Vaccination report Assam 1896-1927 - 1896-1927
Year: 1896
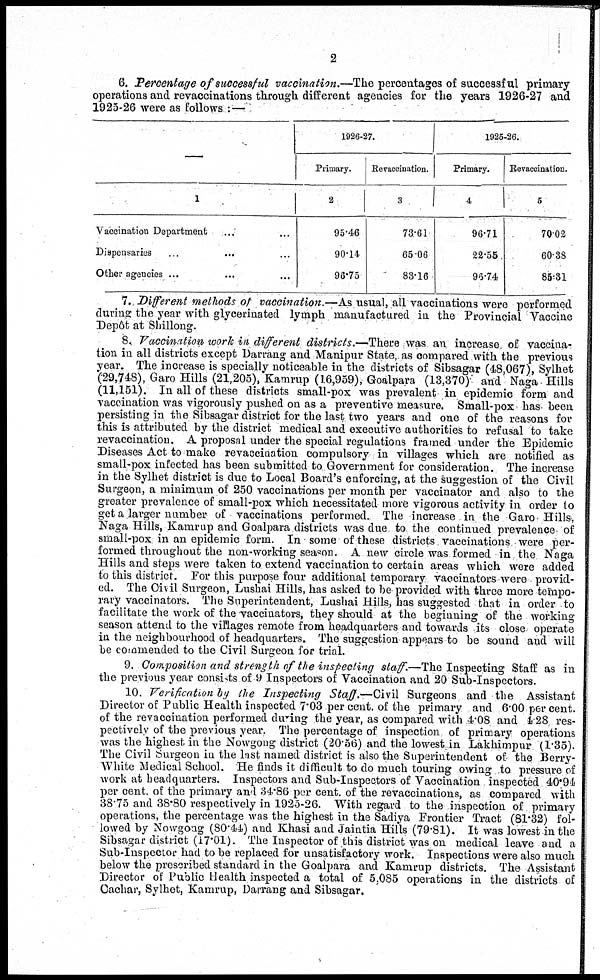
2
6. Percentage of successful vaccination.—The percentages of successful primary
operations and revaccinations through different agencies for the years 1926-27 and
1925-26 were as follows :—
1
Vaccination Department ... ...
Dispensaries
...
...
Other agencies ... ...
1926-27.
Primary.
2
95.46
90.14
98.75
Revaccination.
3
73.61
65.06
83.16
1925-26.
Primary.
4
96.71
22.55
96.74
Revaccination.
5
70.02
60.38
85.31
7. Different methods of vaccination.—As usual, all vaccinations were performed
during the year with glycerinated lymph manufactured in the Provincial Vaccine
Depôt at Shillong.
8. Vaccination work in different districts.—There was an increase of vaccina-
tion in all districts except Darrang and Manipur State, as compared with the previous
year. The increase is specially noticeable in the districts of Sibsagar (48,067), Sylhet
(29,748), Garo Hills (21,205), Kamrup (16,959), Goalpara (13,370) and Naga Hills
(11,151). In all of these districts small-pox was prevalent in epidemic form and
vaccination was vigorously pushed on as a preventive measure. Small-pox has been
persisting in the Sibsagar district for the last two years and one of the reasons for
this is attributed by the district medical and executive authorities to refusal to take
revaccination. A proposal under the special regulations framed under the Epidemic
Diseases Act to make revaccination compulsory in villages which are notified as
small-pox infected has been submitted to Government for consideration. The increase
in the Sylhet district is due to Local Board's enforcing, at the suggestion of the Civil
Surgeon, a minimum of 250 vaccinations per month per vaccinator and also to the
greater prevalence of small-pox which necessitated more vigorous activity in order to
get a larger number of vaccinations performed. The increase in the Garo-Hills,
Naga Hills, Kamrup and Goalpara districts was due to the continued prevalence of
small-pox in an epidemic form. In some of these districts vaccinations were per-
formed throughout the non-working season. A new circle was formed in the Naga
Hills and steps were taken to extend vaccination to certain areas which were added
to this district. For this purpose four additional temporary vaccinators were provid-
ed. The Civil Surgeon, Lushai Hills, has asked to be provided with three more tempo-
rary vaccinators. The Superintendent, Lushai Hills, has suggested that in order to
facilitate the work of the vaccinators, they should at the beginning of the working
season attend to the villages remote from headquarters and towards its close- operate
in the neighbourhood of headquarters. The suggestion appears to be sound and will
be commended to the Civil Surgeon for trial.
9. Composition and strength of the inspecting staff .—The Inspecting Staff as in
the previous year consists of 9 Inspectors of Vaccination and 20 Sub-Inspectors.
10. Verification by the Inspecting Staff.—Civil Surgeons and the Assistant
Director of Public Health inspected 7.03 per cent. of the primary and 6.00 per cent.
of the revaccination performed during the year, as compared with 4.08 and 4.28 res-
pectively of the previous year. The percentage of inspection of primary operations
was the highest in the Nowgong district (20.56) and the lowest in Lakhimpur (1.35).
The Civil Surgeon in the last named district is also the Superintendent of the Berry-
White Medical School. He finds it difficult to do much touring owing to pressure of
work at headquarters. Inspectors and Sub-Inspectors of Vaccination inspected 40.94
per cent. of the primary and 34.86 per cent. of the revaccinations, as compared with
38.75 and 38.80 respectively in 1925-26. With regard to the inspection of primary
operations, the percentage was the highest in the Sadiya Frontier Tract (81.32) fol-
lowed by Nowgong (80.44) and Khasi and Jaintia Hills (79.81). It was lowest in the
Sibsagar district (17.01). The Inspector of this district was on medical leave and a
Sub-Inspector had to be replaced for unsatisfactory work. Inspections were also much
below the prescribed standard in the Goalpara and Kamrup districts. The Assistant
Director of Public Health inspected a total of 5,085 operations in the districts of
Cachar, Sylhet, Kamrup, Darrang and Sibsagar.